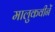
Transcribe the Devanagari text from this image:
मालुकवीनें